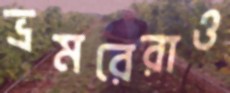
ভ্রমরেরাও